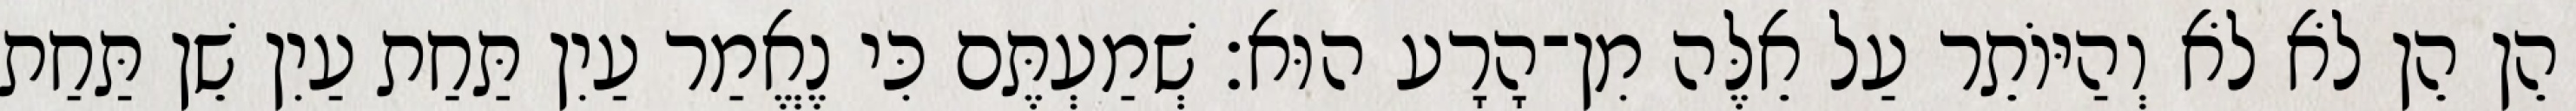
הֵן הֵן לֹא לֹא וְהַיּוֹתֵר עַל אֵלֶּה מִן־הָרָע הוּא׃ שְׁמַעְתֶּם כִּי נֶאֱמַר עַיִן תַּחַת עַיִן שֵׁן תַּחַת